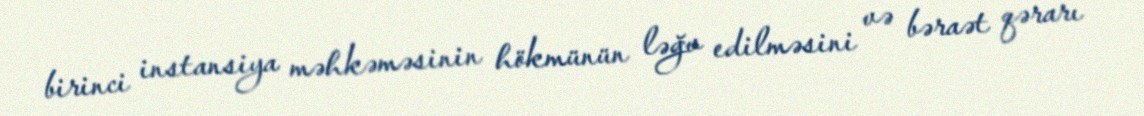
birinci instansiya məhkəməsinin hökmünün ləğv edilməsini və bəraət qərarı